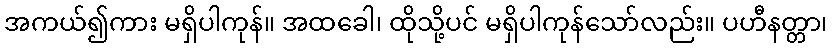
အကယ်၍ကား မရှိပါကုန်။ အထခေါ၊ ထိုသို့ပင် မရှိပါကုန်သော်လည်း။ ပဟီနတ္တာ၊